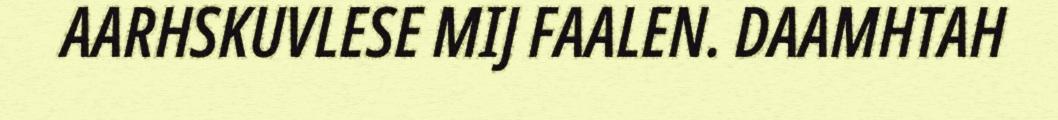
AARHSKUVLESE MIJ FAALEN. DAAMHTAH